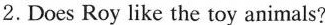
2.Does Roy like the toy animals?